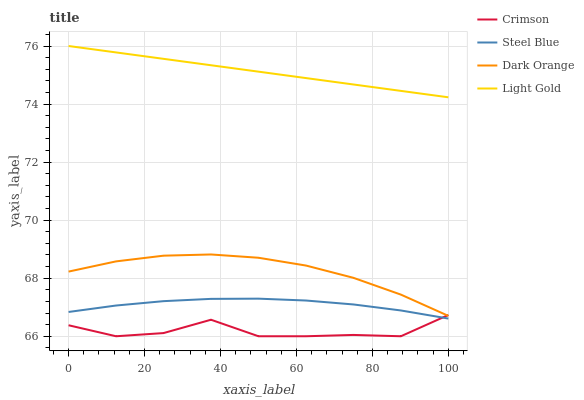
| xaxis_label | Crimson | Steel Blue | Dark Orange | Light Gold |
 | --- | --- | --- | --- | --- |
 | 0 | 66.4 | 66.8 | 68.2 | 76 |
 | 12.5 | 66 | 67.1 | 68.6 | 75.8 |
 | 25 | 66.1 | 67.2 | 68.8 | 75.6 |
 | 37.5 | 66.6 | 67.3 | 68.8 | 75.3 |
 | 50 | 66 | 67.3 | 68.7 | 75.1 |
 | 62.5 | 66 | 67.2 | 68.4 | 74.9 |
 | 75 | 66 | 67.1 | 68 | 74.7 |
 | 87.5 | 66 | 66.9 | 67.4 | 74.5 |
 | 100 | 66.7 | 66.6 | 66.7 | 74.2 |